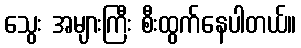
သွေး အများကြီး စီးထွက်နေပါတယ်။